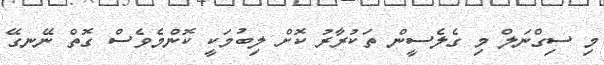
މި ސިގްނަލް މި ގެލެސީން ތަކުރާރު ކޮށް ލިބުމަކީ ކޮންމެވެސް ގޮތް ނޭނގޭ